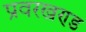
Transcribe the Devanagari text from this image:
प्रवरखण्ड